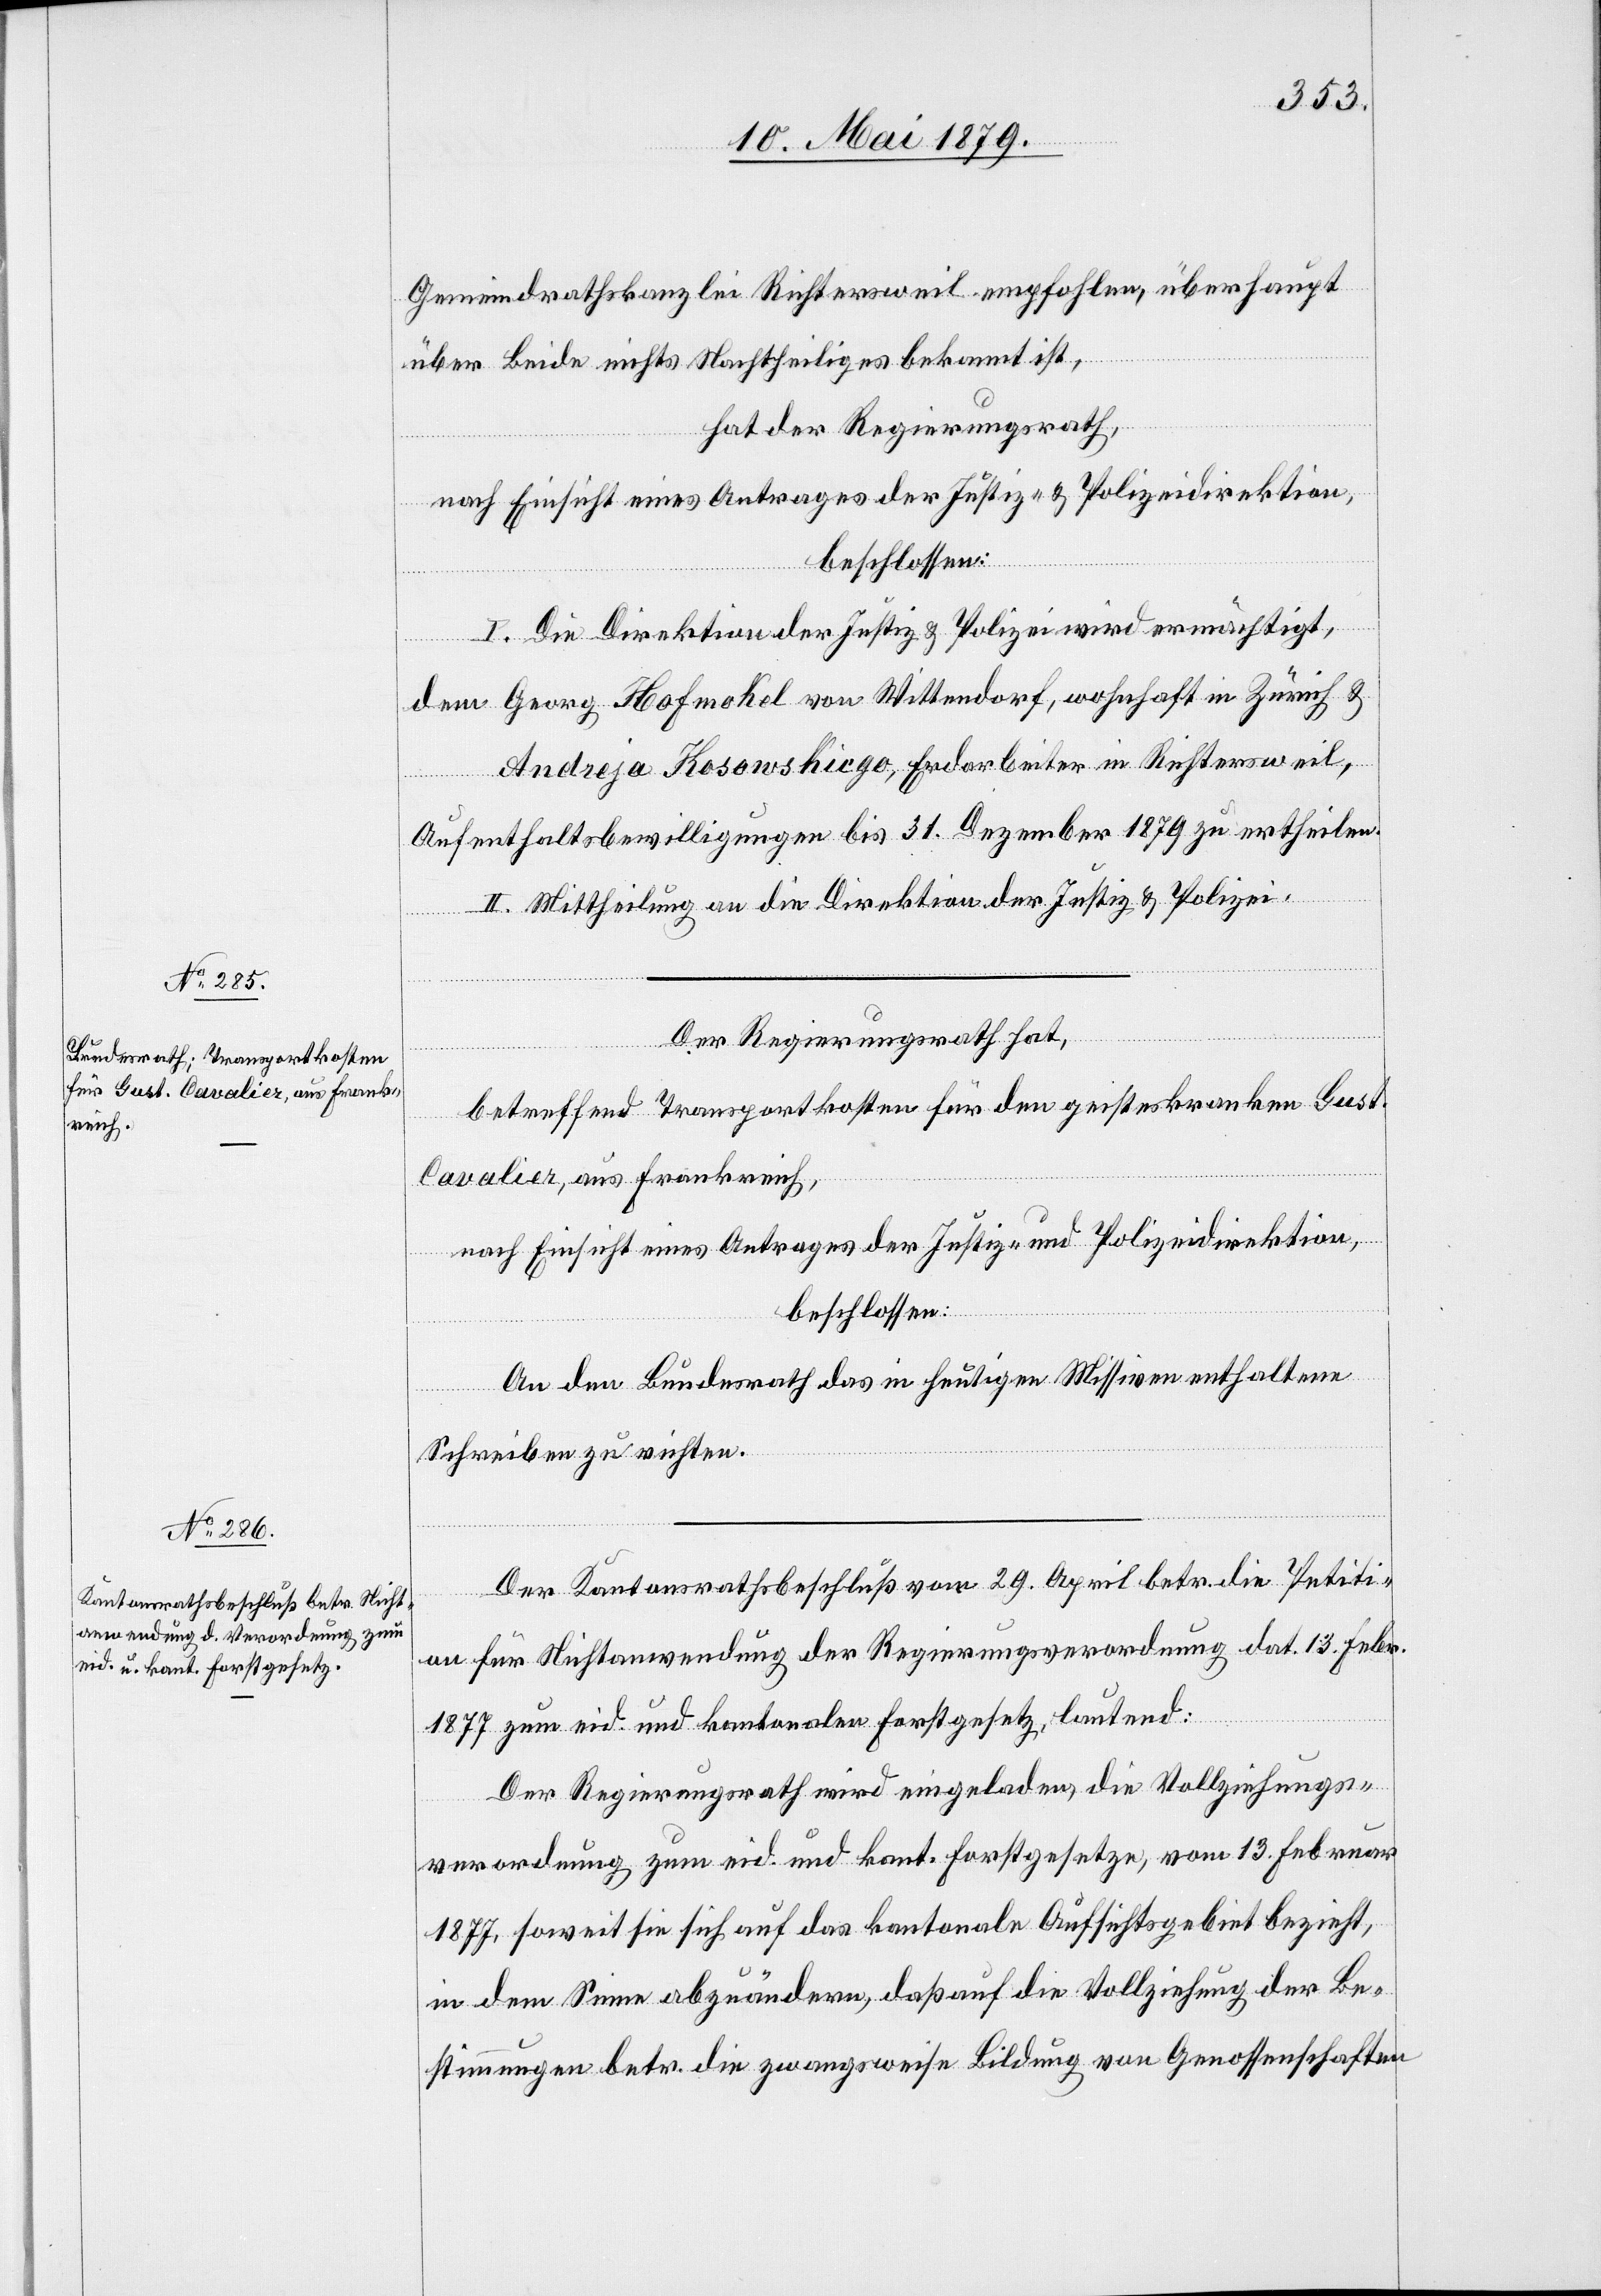
Gemeindrathskanzlei Richtersweil empfohlen, überhaupt
über Beide nichts Nachtheiliges bekannt ist,
hat der Regierungsrath,
nach Einsicht eines Antrages der Justiz- & Polizeidirektion,
beschlossen:
I. Die Direktion der Justiz & Polizei wird ermächtigt,
dem Georg Hofmokel von Wittendorf, wohnhaft in Zürich &
Andreja Kosowskicgo, Erdarbeiter in Richtersweil,
Aufenthaltsbewilligungen bis 31. Dezember 1879 zu ertheilen.
II. Mittheilung an die Direktion der Justiz & Polizei.
Der Regierungsrath hat,
betreffend Transportkosten für den geisteskranken Gust.
Cavalier, aus Frankreich,
nach Einsicht eines Antrages der Justiz- und Polizeidirektion,
beschlossen:
An den Bundesrath das in heutigen Missiven enthaltene
Schreiben zu richten.
Der Kantonsrathsbeschluß vom 29. April betr. die Petiti¬
on für Nichtanwendung der Regierungsverordnung dat. 13. Febr.
1877 zum eid. und kantonalen Forstgesetz, lautend:
Der Regierungsrath wird eingeladen, die Vollziehungs¬
verordnung zum eid. und kant. Forstgesetze, vom 13. Februar
1877, soweit sie sich auf das kantonale Aufsichtsgebiet bezieht,
in dem Sinne abzuändern, daß auf die Vollziehung der Be¬
stimmungen betr. die zwangsweise Bildung von Genossenschaften